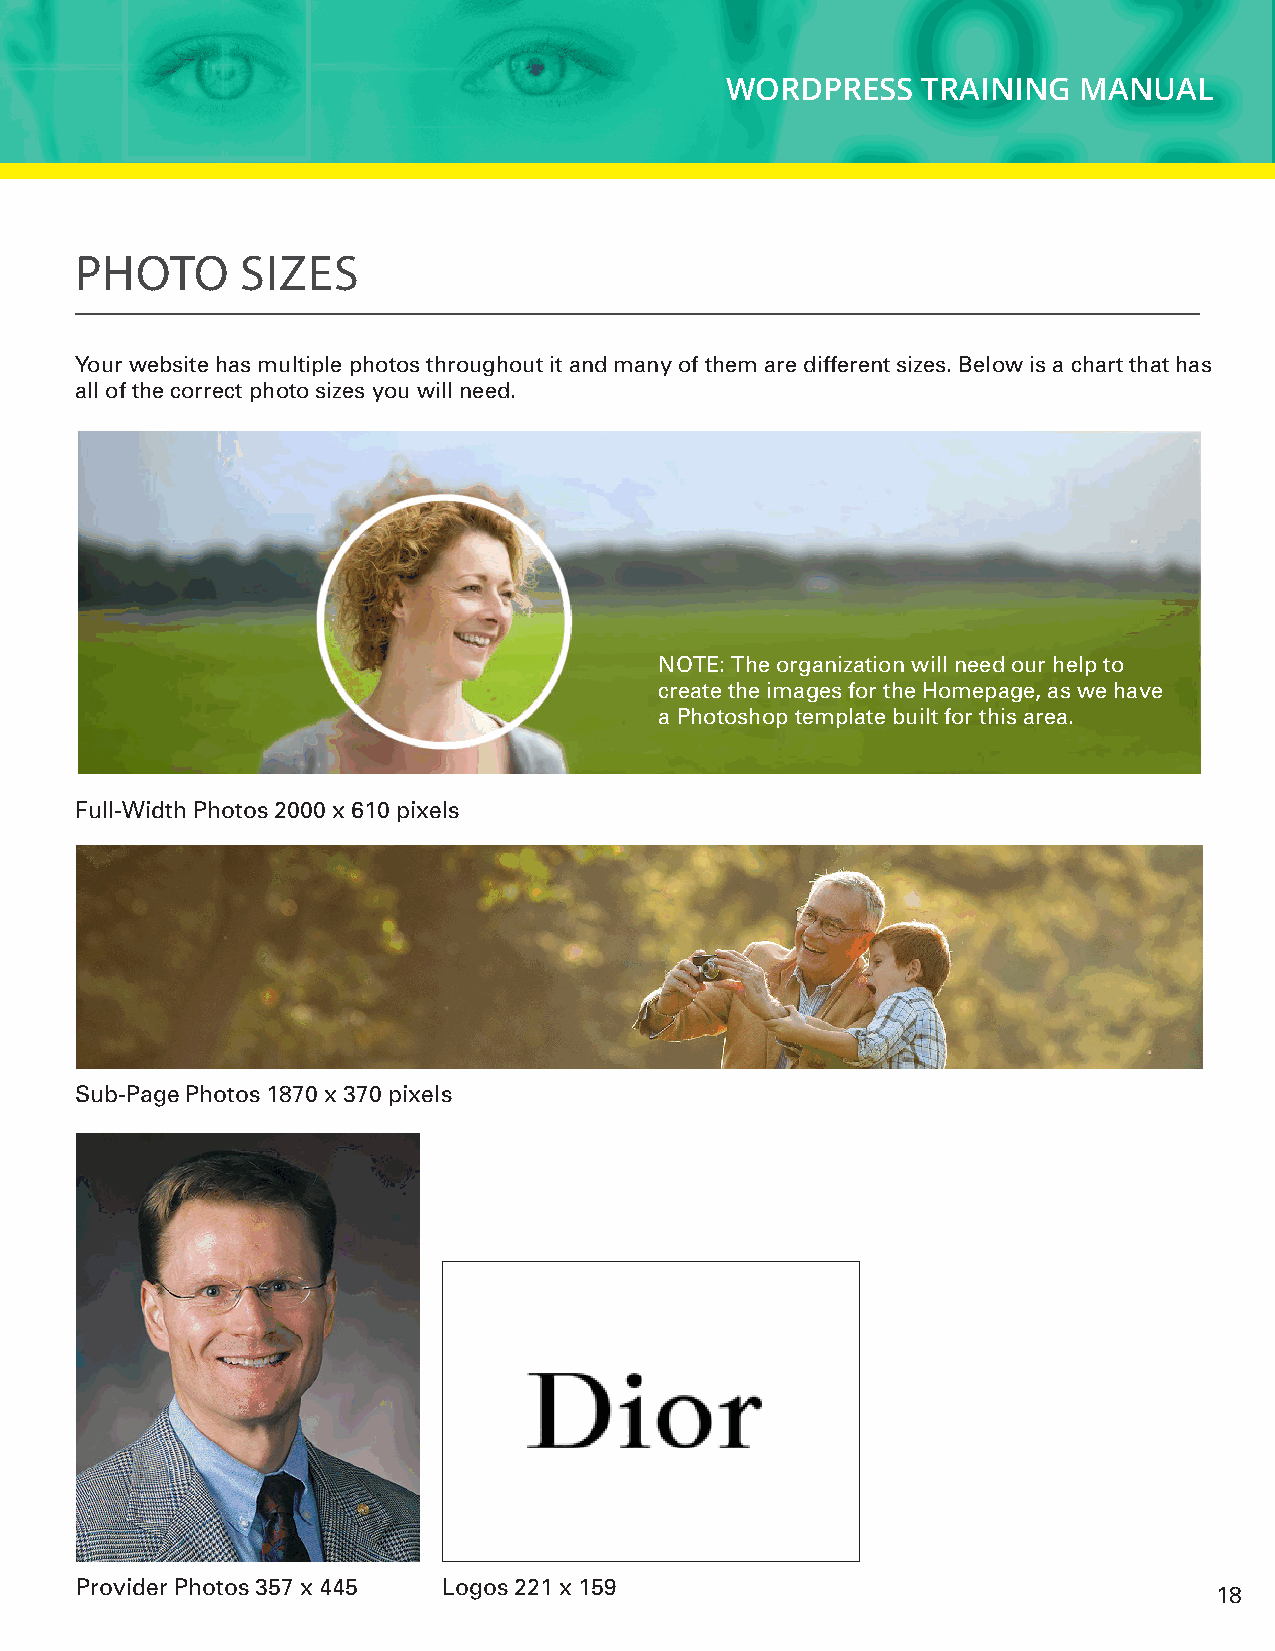
WORDPRESS    TRAINING  MANUAL
 PHOTO      SIZES
 Your website has multiple photos throughout it and many of them are different sizes. Below is a chart that has
 all of the correct photo sizes you will need.
 NOTE: The organization will need our help to
 create the images for the Homepage, as we have
 a Photoshop template built for this area.
 Full-Width Photos 2000 x 610 pixels
 Sub-Page Photos 1870 x 370 pixels
 Provider Photos 357 x 445 Logos 221 x 159
 18